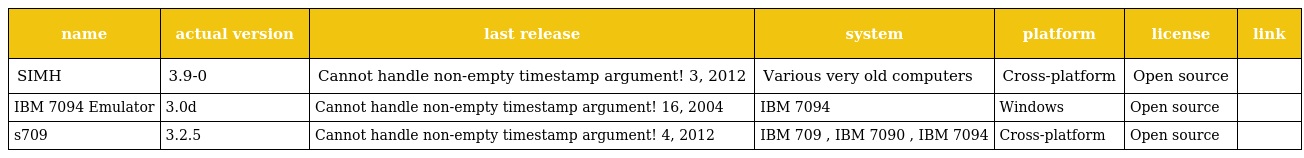
| name | actual version | last release | system | platform | license | link |
 | --- | --- | --- | --- | --- | --- | --- |
 | SIMH | 3.9-0 | Cannot handle non-empty timestamp argument! 3, 2012 | Various very old computers | Cross-platform | Open source |  |
 | IBM 7094 Emulator | 3.0d | Cannot handle non-empty timestamp argument! 16, 2004 | IBM 7094 | Windows | Open source |  |
 | s709 | 3.2.5 | Cannot handle non-empty timestamp argument! 4, 2012 | IBM 709 , IBM 7090 , IBM 7094 | Cross-platform | Open source |  |